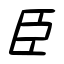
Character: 臣